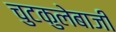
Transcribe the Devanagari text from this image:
चुटकुलेबाजी